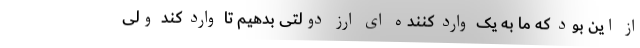
از این بود که ما به یک وارد کننده ای ارز دولتی بدهیم تا وارد کند ولی